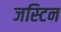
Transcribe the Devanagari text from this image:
जस्‍टिन